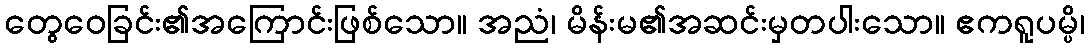
တွေဝေခြင်း၏အကြောင်းဖြစ်သော။ အညံ၊ မိန်းမ၏အဆင်းမှတပါးသော။ ဧကရူပမ္ပိ၊